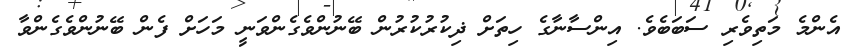
އެންމެ މަތިވެރި ސަބަބެވެ. އިންސާނާގެ ހިތަށް ޛިކުރުކުރުން ބޭނުންވެގެންވަނީ މަހަށް ފެން ބޭނުންވެގެންވާ